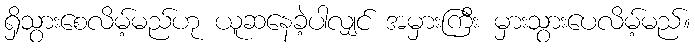
ရှိသွားစေလိမ့်မည်ဟု ယူဆနေခဲ့ပါလျှင် အမှားကြီး မှားသွားပေလိမ့်မည်။